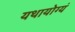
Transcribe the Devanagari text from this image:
यथायोग्यं